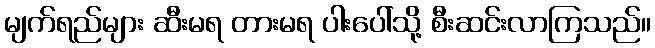
မျက်ရည်များ ဆီးမရ တားမရ ပါးပေါ်သို့ စီးဆင်းလာကြသည်။